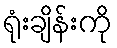
ရုံးချိန်းကို